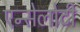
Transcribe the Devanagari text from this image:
एन्सेलोटी